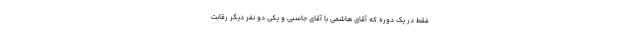
فقط در یک دوره که آقای هاشمی با آقای جاسبی و یکی دو نفر دیگر رقابت